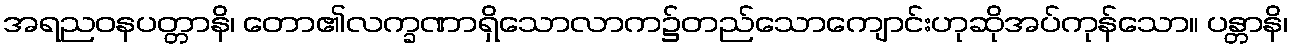
အရညဝနပတ္တာနိ၊ တော၏လက္ခဏာရှိသောလာက၌တည်သောကျောင်းဟုဆိုအပ်ကုန်သော။ ပန္တာနိ၊